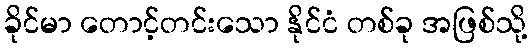
ခိုင်မာ တောင့်တင်းသော နိုင်ငံ တစ်ခု အဖြစ်သို့